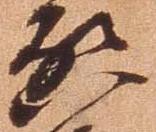
啓